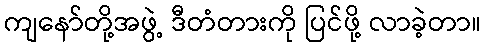
ကျနော်တို့အဖွဲ့ ဒီတံတားကို ပြင်ဖို့ လာခဲ့တာ။